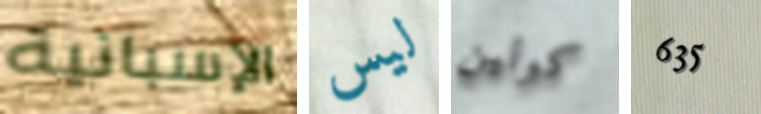
الإسبانية ليس كولين 635